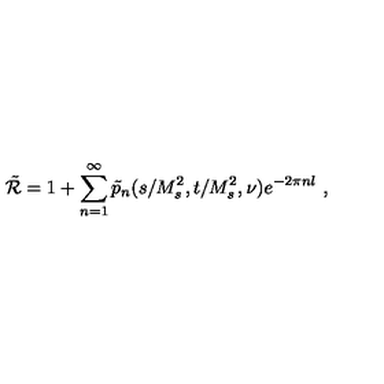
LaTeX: \tilde { \cal R } = 1 + \sum _ { n = 1 } ^ { \infty } \tilde { p } _ { n } ( s / M _ { s } ^ { 2 } , t / M _ { s } ^ { 2 } , \nu ) e ^ { - 2 \pi n l } \ ,